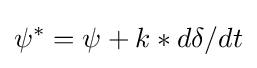
\psi ^{*}=\psi +k*d\delta /dt